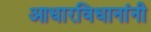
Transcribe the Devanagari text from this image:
आधारविधानांनी